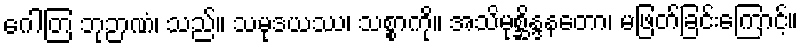
ဂေါတြ ဘုဉာဏံ၊ သည်။ သမုဒယဿ၊ သစ္စာကို။ အသိမုစ္ဆိန္ဒနတော၊ မဖြတ်ခြင်းကြောင့်။